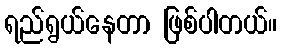
ရည်ရွယ်နေတာ ဖြစ်ပါတယ်။